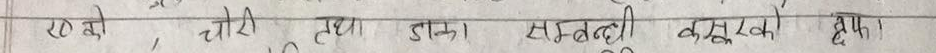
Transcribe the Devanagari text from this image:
२० ओ, चोरी तथा डाका सम्बन्धी कसुरको